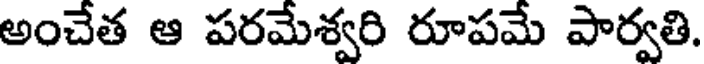
అంచేత ఆ పరమేశ్వరి రూపమే పార్వతి.